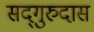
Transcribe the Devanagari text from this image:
सद्‌गुरुदास